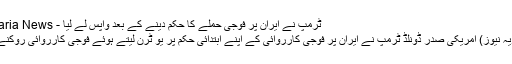
ٹرمپ نے ایران پر فوجی حملے کا حکم دینے کے بعد واپس لے لیا - Saria NewsSaria News
نیویارک سٹی(سا ریہ نیوز) امریکی صدر ڈونلڈ ٹرمپ نے ایران پر فوجی کارروائی کے اپنے ابتدائی حکم پر یو ٹرن لیتے ہوئے فوجی کارروائی روکنے کا فیصلہ کیا ہے۔